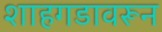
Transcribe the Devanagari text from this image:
शाहगडावरून